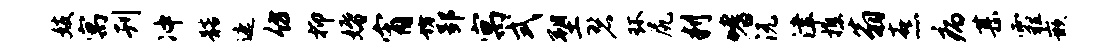
妓寓刊冲髂遮仿抑婚宵坊郢寓式塑碧环尻判嗜沅津樵翁熹病甚霾嵌